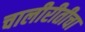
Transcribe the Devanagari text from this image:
चालीरीतीचा